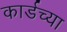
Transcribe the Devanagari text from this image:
कार्डच्या